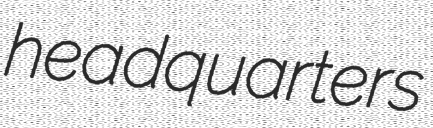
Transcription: headquarters